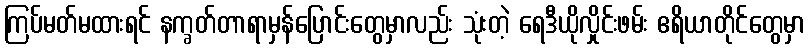
ကြပ်မတ်မထားရင် နက္ခတ်တာရာမှန်ပြောင်းတွေမှာလည်း သုံးတဲ့ ရေဒီယိုလှိုင်းဖမ်း ဧရိယာတိုင်တွေမှာ